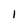
Character: l